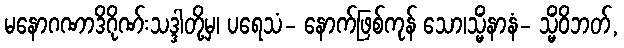
မနောဂဏာဒိဂိုဏ်းသဒ္ဒါတို့မှ၊ ပရေသံ- နောက်ဖြစ်ကုန် သော၊သ္မိံနာနံ- သ္မိံဝိဘတ်,